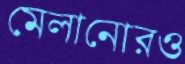
মেলানোরও